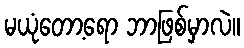
မယုံတော့ရော ဘာဖြစ်မှာလဲ။